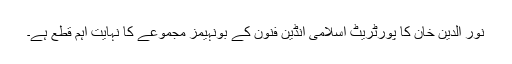
نور الدین خان کا پورٹریٹ اسلامی انڈین فنون کے بونہیمز مجموعے کا نہایت اہم قطع ہے۔